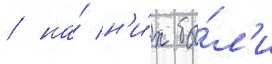
/ на́ н'и́х бы́л'и